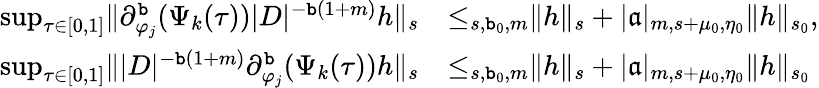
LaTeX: \begin{array}{rl}{\operatorname*{sup}_{\tau\in[0,1]}\rVert\partial_{\varphi_{j}}^{\mathtt{b}}(\Psi_{k}(\tau))|D|^{-\mathtt{b}(1+m)}h\rVert_{s}}&{\le_{s,\mathtt{b}_{0},m}\rVert h\rVert_{s}+|\mathfrak{a}|_{m,s+\mu_{0},\eta_{0}}\rVert h\rVert_{s_{0}},}\\ {\operatorname*{sup}_{\tau\in[0,1]}\rVert|D|^{-\mathtt{b}(1+m)}\partial_{\varphi_{j}}^{\mathtt{b}}(\Psi_{k}(\tau))h\rVert_{s}}&{\le_{s,\mathtt{b}_{0},m}\rVert h\rVert_{s}+|\mathfrak{a}|_{m,s+\mu_{0},\eta_{0}}\rVert h\rVert_{s_{0}}}\end{array}